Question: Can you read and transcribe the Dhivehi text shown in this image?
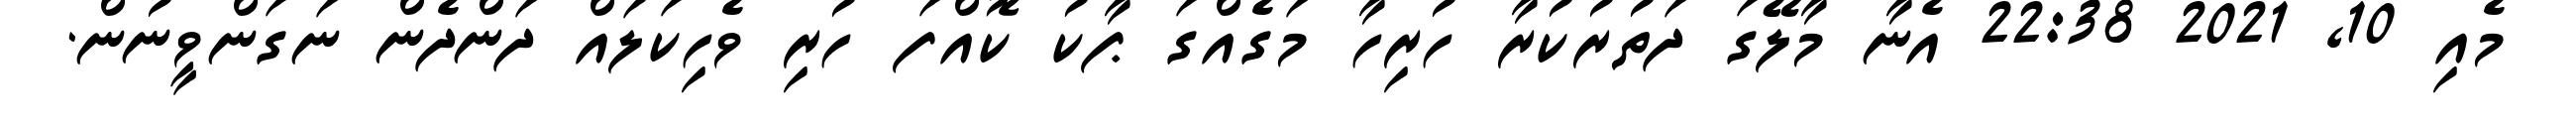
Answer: މެއި 10, 2021 22:38 އެނާ މާލޭގަ ދަތުރުކުރާ ހުރިހާ މަގެއްގަ ޕާކު ކޮއްފަ ހުރި ވެހިކަލައް ދަންދެން ނަގަންވީނުން.